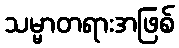
သမ္မာတရားအဖြစ်